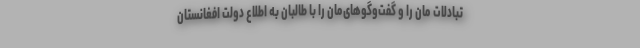
تبادلات مان را و گفت‌وگوهای‌مان را با طالبان به اطلاع دولت افغانستان